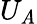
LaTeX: U_{\mathit{A}}